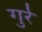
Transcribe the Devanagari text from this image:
गुर्र